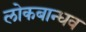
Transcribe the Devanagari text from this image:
लोकबान्धव